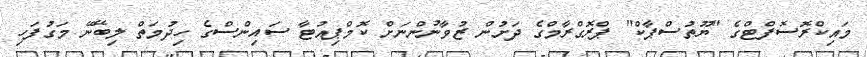
މައިކްރޮސޮފްޓްގެ "ޔޫތުސްޕާކް" ޕްރޮގްރާމްގެ ދަށުން ޒުވާނުންނަށް ކޮމްޕިއުޓާ ސައިންސްގެ ހިދުމަތް ލިބޭނޭ މަގުފަހި